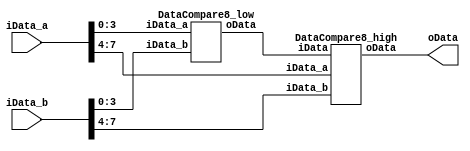
`timescale 1ns / 1ns
//////////////////////////////////////////////////////////////////////////////////
// Company: 
// Engineer: 
// 
// Design Name: 
// Module Name: DataCompare8
// Project Name: 
// Target Devices: 
// Tool Versions: 
// Description: 
// 
// Dependencies: 
// 
// Revision:
// Revision 0.01 - File Created
// Additional Comments:
// 
//////////////////////////////////////////////////////////////////////////////////


module DataCompare8(
    input [7:0] iData_a,
    input [7:0] iData_b,
    output [2:0] oData
    );
    wire [2:0]fff;
    DataCompare8_low ddd(.iData_a(iData_a[3:0]),.iData_b(iData_b[3:0]),.oData(fff));
    DataCompare8_high ggg(.iData_a(iData_a[7:4]),.iData_b(iData_b[7:4]),.iData(fff),.oData(oData));
    endmodule
    
    module DataCompare8_low(
        input [3:0] iData_a,
        input [3:0] iData_b,
        output reg[2:0] oData
        );
        always @(*)
            if(iData_a>iData_b)
            oData=3'b100;
            else if(iData_a<iData_b)
            oData=3'b001;
            else if(iData_a==iData_b)     
            oData=3'b010;
        endmodule
        
    module DataCompare8_high(
              input [3:0] iData_a,
              input [3:0] iData_b,
              input [2:0] iData,
              output reg[2:0] oData
              );
              always @(*)
                  if(iData_a>iData_b)
                  oData=3'b100;
                  else if(iData_a<iData_b)
                  oData=3'b001;
                  else if(iData_a==iData_b)
                  begin
                  if(iData==3'b100)
                  oData=3'b100;
                  else if(iData==3'b010)
                  oData=3'b010;
                  else if(iData==3'b001)
                  oData=3'b001;
                  else
                  oData=3'b000;
                  end
              endmodule